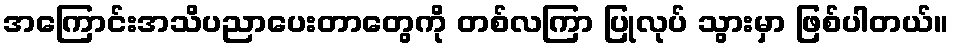
အကြောင်းအသိပညာပေးတာတွေကို တစ်လကြာ ပြုလုပ် သွားမှာ ဖြစ်ပါတယ်။